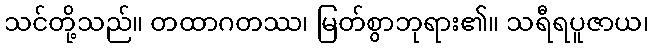
သင်တို့သည်။ တထာဂတဿ၊ မြတ်စွာဘုရား၏။ သရီရပူဇာယ၊